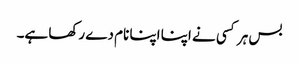
بس ہر کسی نے اپنا اپنا نام دے رکھا ہے۔